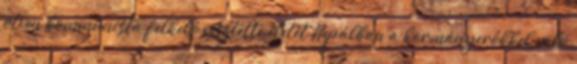
ötven kommunista felkelő vesztette életét Nepálban a kormányerőkkel való